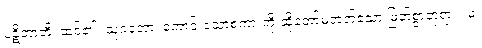
ပဋိဘာတိ၊ ထင်၏။ သုဂတော၊ ကောင်းသောစကားကို ဆိုတော်မူတတ်သော မြတ်စွာဘုရား။ မံ၊